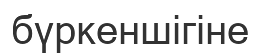
бүркеншігіне